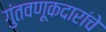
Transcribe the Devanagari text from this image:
गुंतवणूकदारांचे